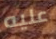
عليه